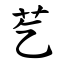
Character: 䒗